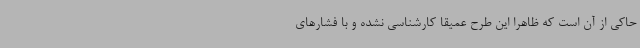
حاکی از آن است که ظاهراً این طرح عمیقاً کارشناسی نشده و با فشارهای